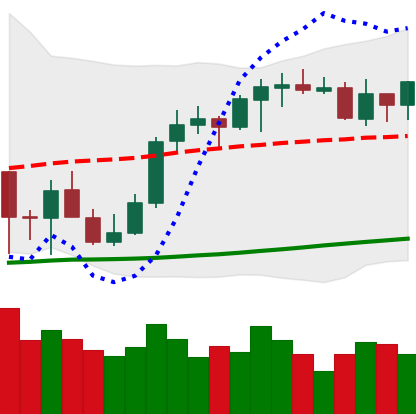
Ticker: ETH-USD
Chart end date: 2021-10-13
Forward return: 3.953%
Label: up_3_5